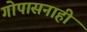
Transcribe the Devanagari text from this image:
गोपासनाही